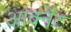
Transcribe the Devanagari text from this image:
आर्क्नेट